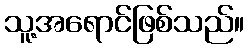
သူ့အရောင်ဖြစ်သည်။